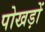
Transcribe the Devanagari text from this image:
पोखड़ों